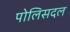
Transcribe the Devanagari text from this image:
पोलिसदल